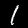
Digit: 1